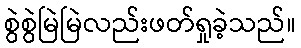
စွဲစွဲမြဲမြဲလည်းဖတ်ရှုခဲ့သည်။